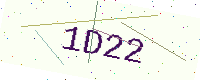
Text: 1D22